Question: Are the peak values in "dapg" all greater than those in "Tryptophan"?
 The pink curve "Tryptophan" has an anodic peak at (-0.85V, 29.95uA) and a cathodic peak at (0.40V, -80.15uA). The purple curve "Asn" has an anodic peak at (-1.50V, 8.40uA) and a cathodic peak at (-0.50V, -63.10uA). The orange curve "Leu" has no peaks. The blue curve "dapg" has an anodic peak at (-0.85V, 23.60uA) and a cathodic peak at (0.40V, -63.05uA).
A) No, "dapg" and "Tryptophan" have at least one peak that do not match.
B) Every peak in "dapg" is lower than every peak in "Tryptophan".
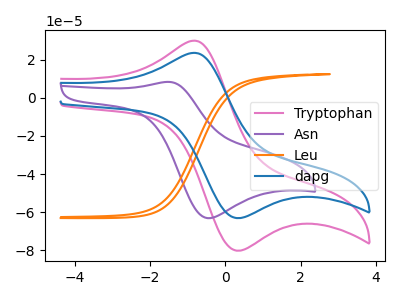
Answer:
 <answer>B) Every peak in "dapg" is lower than every peak in "Tryptophan".</answer>
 <eval>B</eval>